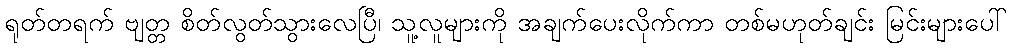
ရုတ်တရက် ဗျတ္တ စိတ်လွတ်သွားလေပြီ၊ သူ့လူများကို အချက်ပေးလိုက်ကာ တစ်မဟုတ်ချင်း မြင်းများပေါ်